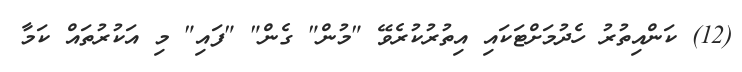
(12) ކަންއިތުރު ހެދުމަށްޓަކައި އިތުރުކުރެވޭ "މުން" ގެން" "ފައި" މި އަކުރުތައް ކަމާ